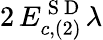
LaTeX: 2\, E_{c,(2)}^{\mathrm{~S~D~}}\lambda